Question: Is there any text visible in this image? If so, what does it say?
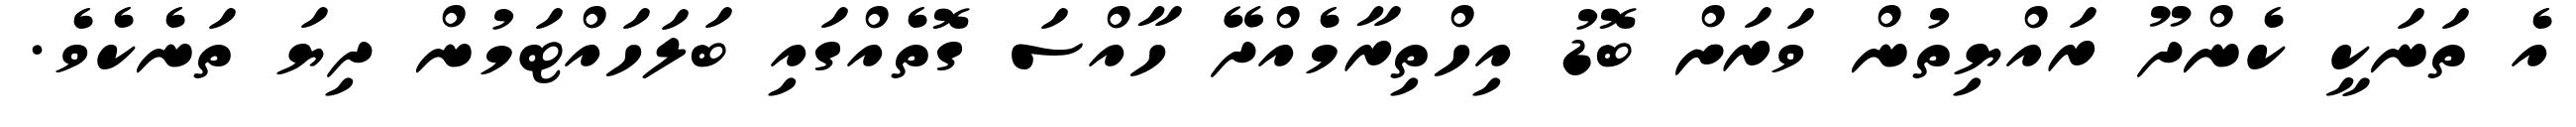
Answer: އެ ތަނަކީ ކެންދޫ ރައްޔިތުން ވަރަށް ބޮޑު އިހްތިރާމެއްދޭ ހާއްސަ ގޮތެއްގައި ބަލަހައްޓަމުން ދިޔަ ތަނެކެވެ.